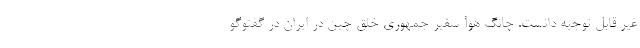
غیر قابل توجیه دانست. چانگ هوآ سفیر جمهوری خلق چین در ایران در گفتوگو